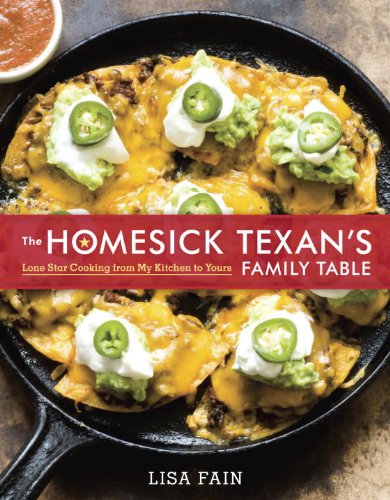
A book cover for The Homesick Texan's Family Table: Lone Star Cooking from My Kitchen to Yours; Lisa Fain; Cookbooks, Food & Wine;